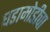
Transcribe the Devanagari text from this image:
घडामोडीचा